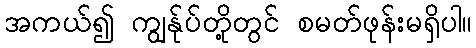
အကယ်၍ ကျွန်ုပ်တို့တွင် စမတ်ဖုန်းမရှိပါ။